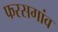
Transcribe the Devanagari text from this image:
फरसगांव